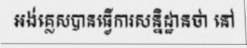
អង់គ្លេសបានធ្វើការសន្និដ្ឋានថា នៅ